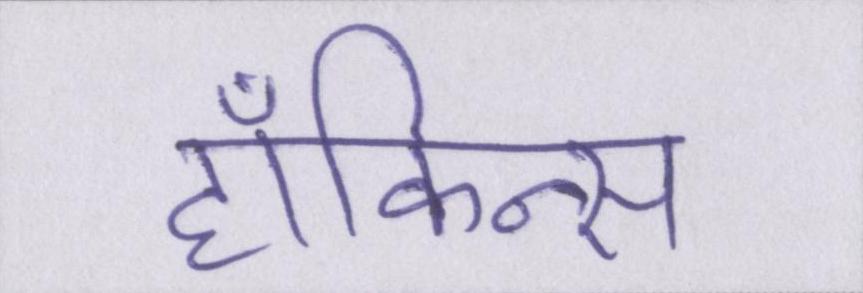
हॉकिन्स